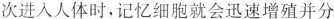
次进入人体时，记忆细胞就会迅速增殖并分